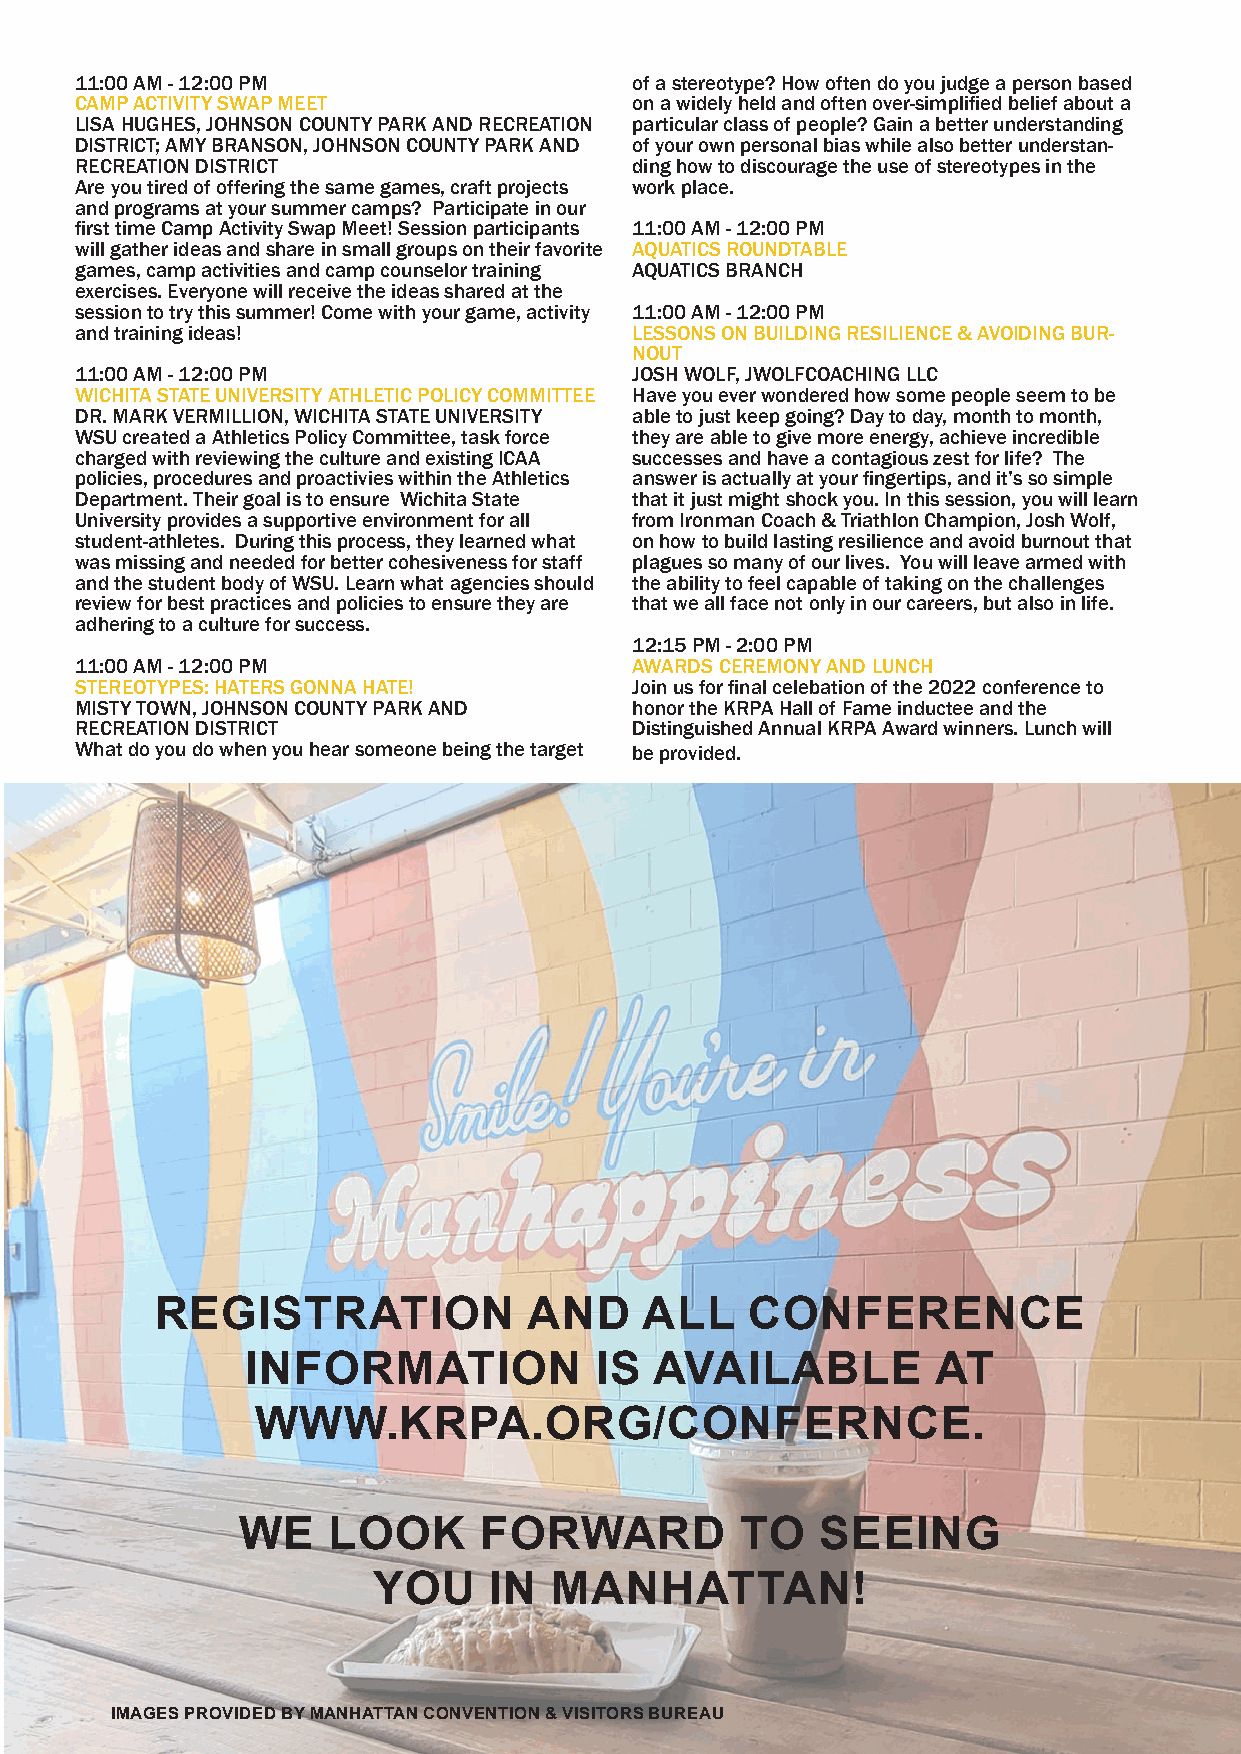
11:00 AM - 12:00 PM                  of a stereotype? How often do you judge a person based
 CAMP ACTIVITY SWAP MEET              on a widely held and often over-simplified belief about a
 LISA HUGHES, JOHNSON COUNTY PARK AND RECREATION particular class of people? Gain a better understanding
 DISTRICT; AMY BRANSON, JOHNSON COUNTY PARK AND of your own personal bias while also better understan-
 RECREATION DISTRICT                  ding how to discourage the use of stereotypes in the
 Are you tired of offering the same games, craft projects work place.
 and programs at your summer camps? Participate in our
 first time Camp Activity Swap Meet! Session participants 11:00 AM - 12:00 PM
 will gather ideas and share in small groups on their favorite AQUATICS ROUNDTABLE
 games, camp activities and camp counselor training AQUATICS BRANCH
 exercises. Everyone will receive the ideas shared at the
 session to try this summer! Come with your game, activity 11:00 AM - 12:00 PM
 and training ideas!                  LESSONS ON BUILDING RESILIENCE & AVOIDING BUR-
 NOUT
 11:00 AM - 12:00 PM                  JOSH WOLF, JWOLFCOACHING LLC
 WICHITA STATE UNIVERSITY ATHLETIC POLICY COMMITTEE Have you ever wondered how some people seem to be
 DR. MARK VERMILLION, WICHITA STATE UNIVERSITY able to just keep going? Day to day, month to month,
 WSU created a Athletics Policy Committee, task force they are able to give more energy, achieve incredible
 charged with reviewing the culture and existing ICAA successes and have a contagious zest for life? The
 policies, procedures and proactivies within the Athletics answer is actually at your fingertips, and it’s so simple
 Department. Their goal is to ensure Wichita State that it just might shock you. In this session, you will learn
 University provides a supportive environment for all from Ironman Coach & Triathlon Champion, Josh Wolf,
 student-athletes. During this process, they learned what on how to build lasting resilience and avoid burnout that
 was missing and needed for better cohesiveness for staff plagues so many of our lives. You will leave armed with
 and the student body of WSU. Learn what agencies should the ability to feel capable of taking on the challenges
 review for best practices and policies to ensure they are that we all face not only in our careers, but also in life.
 adhering to a culture for success.
 12:15 PM - 2:00 PM
 11:00 AM - 12:00 PM                  AWARDS CEREMONY AND LUNCH
 STEREOTYPES: HATERS GONNA HATE!      Join us for final celebation of the 2022 conference to
 MISTY TOWN, JOHNSON COUNTY PARK AND  honor the KRPA Hall of Fame inductee and the
 RECREATION DISTRICT                  Distinguished Annual KRPA Award winners. Lunch will
 What do you do when you hear someone being the target be provided.
 REGISTRATION             AND     ALL    CONFERENCE
 INFORMATION            IS  AVAILABLE          AT
 WWW.KRPA.ORG/CONFERNCE.
 WE    LOOK      FORWARD          TO   SEEING
 YOU    IN   MANHATTAN!
 IMAGES PROVIDED BY MANHATTAN CONVENTION & VISITORS BUREAU